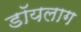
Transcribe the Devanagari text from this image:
डॉयलाग